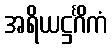
အရိယဋ္ဌင်္ဂိကံ